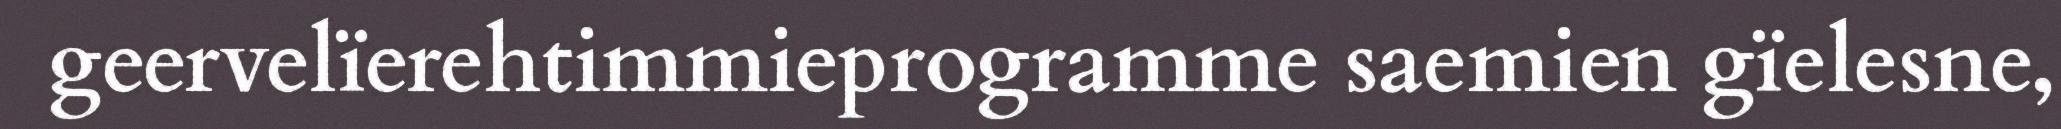
geervelïerehtimmieprogramme saemien gïelesne,